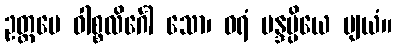
ဥတ္တမေ ဝါစ္စလိင်္ဂေါ သော၊ ဝရံ မန္ဒပ္ပိယေ ဗျယံ။